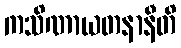
ကသိဏာယတနာနီတိ